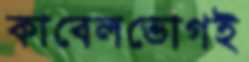
কাবেলভোগই